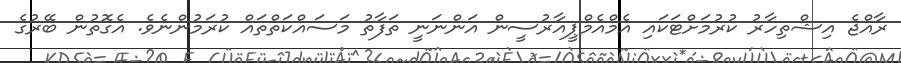
ރާއްޖެ އިޝްތިހާރު ކުރުމަށްޓަކައި އެމްއެމްޕީއާރުސީން އަންނަނީ ތަފާތު މަސައްކަތްތައް ކުރަމުންނެވެ. އެގޮތުން ބޭރުގެ